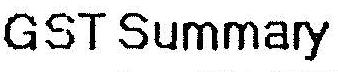
GST SUMMARY